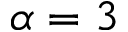
\alpha = 3